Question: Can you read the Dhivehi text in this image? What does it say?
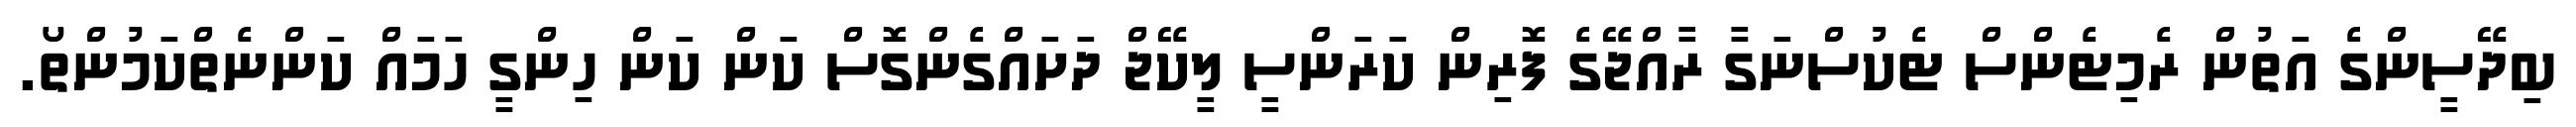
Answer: ބިދޭސީންގެ އަތުން ރެމިޓެންސް ޓެކުސްނަގާ ރާއްޖޭގެ ފޮރިން ކަރަންސީ ލީކޭޖް ދަށައްގެންގޮސް ކަން ކަން ހިންގީ ހަމައް ކަންނެތްކަމުންތޯ.